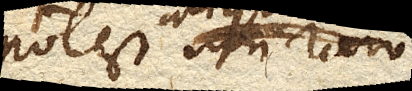
potest non raro